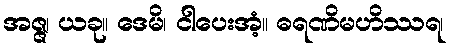
အဇ္ဇ၊ ယခု။ ဒေမိ၊ ငါပေးအံ့။ ဓရဏိမဟိဿရ၊